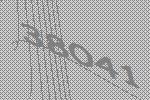
38041